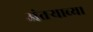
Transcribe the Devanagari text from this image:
अंतऱ्याच्या